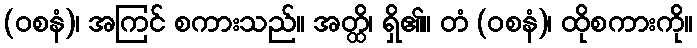
(ဝစနံ)၊ အကြင် စကားသည်။ အတ္ထိ၊ ရှိ၏။ တံ (ဝစနံ)၊ ထိုစကားကို။